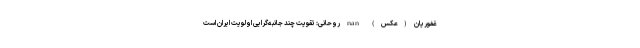
غفوریان (عکس) nan روحانی: تقویت چند جانبه‌گرایی اولویت ایران است